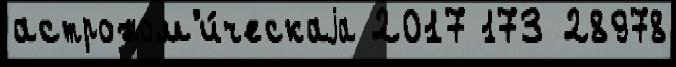
астроном'и́ческаjа 2017 173 28978